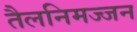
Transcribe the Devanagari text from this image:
तैलनिमज्जन